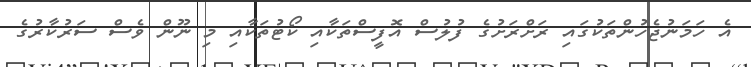
އެ ހަމަނުޖެހުންތަކުގައި ރަށްރަށުގެ ފުލުސް އޮފީސްތަކާއި ކޯޓުތަކާއި މި ނޫން ވެސް ސަރުކާރުގެ